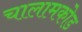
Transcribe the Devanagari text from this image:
चालामकोड